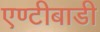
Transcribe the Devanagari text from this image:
एण्टीबाडी